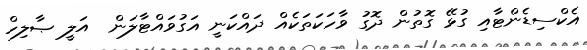
އެކްސިޑެންޓާއި ގުޅޭ ގޮތުން ދޮގު ވާހަކަތަކެއް ދައްކަނީ އަގުވައްޓާލަން  އަލީ ޞާލިހް